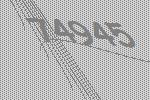
74945